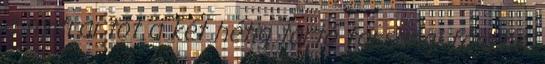
a nyitrai tót a két hétig tartó farsangi fánkba.